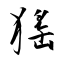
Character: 猺